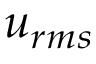
u _ { r m s }